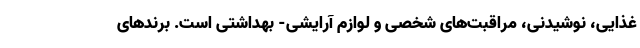
غذایی، نوشیدنی، مراقبت‌های شخصی و لوازم آرایشی- بهداشتی است. برندهای